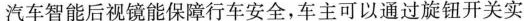
汽车智能后视镜能保障行车安全，车主可以通过旋钮开关实